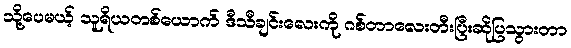
သို့ပေမယ့် သူရိယတစ်ယောက် ဒီသီချင်းလေးကို ဂစ်တာလေးတီးပြီးဆိုပြသွားတာ